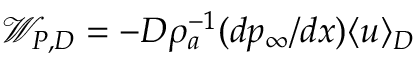
\mathcal { W } _ { P , D } = - D \rho _ { a } ^ { - 1 } ( d p _ { \infty } / d x ) \langle u \rangle _ { D }